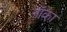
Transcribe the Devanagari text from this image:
नॉका